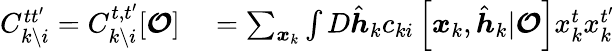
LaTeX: \begin{array}{rl}{C_{k\setminus i}^{tt^{\prime}}=C_{k\setminus i}^{t,t^{\prime}}[\boldsymbol{\mathcal{O}}]}&{{}=\sum_{\boldsymbol{x}_{k}}\int D\hat{\boldsymbol{h}}_{k}c_{ki}\left[\boldsymbol{x}_{k},\hat{\boldsymbol{h}}_{k}|\boldsymbol{\mathcal{O}}\right]x_{k}^{t}x_{k}^{t^{\prime}}}\end{array}